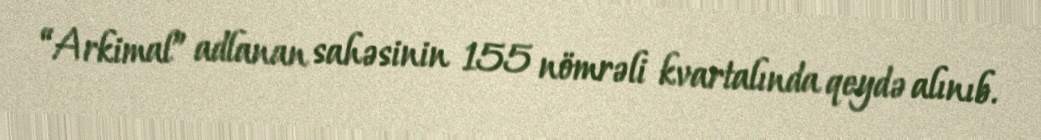
“Arkimal” adlanan sahəsinin 155 nömrəli kvartalında qeydə alınıb.